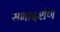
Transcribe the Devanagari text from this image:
सभादर्शण